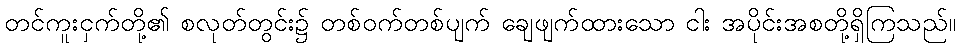
တင်ကူးငှက်တို့၏ စလုတ်တွင်း၌ တစ်ဝက်တစ်ပျက် ချေဖျက်ထားသော ငါး အပိုင်းအစတို့ရှိကြသည်။